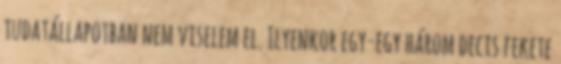
tudatállapotban nem viselem el. Ilyenkor egy-egy három decis fekete